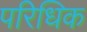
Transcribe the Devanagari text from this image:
परिधिक